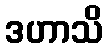
ဒဟာသိ